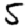
Digit: 5